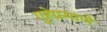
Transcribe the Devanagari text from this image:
गुहेप्रमाणे